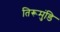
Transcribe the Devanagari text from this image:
तिरूमुंडि